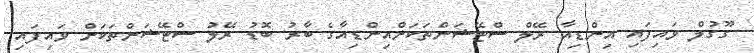
ގޫގުލް ވައިފައި އިންޑިއާ ރޭލް ސްޓޭޝަންތަކަށްއިންޑިއާގެ ބާރު ބޮޑު ރޭލު ސްޓޭޝަންތަކަށް ވައިފައި